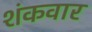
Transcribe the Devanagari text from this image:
शंकवार